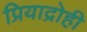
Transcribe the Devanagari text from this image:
प्रियाद्रोही